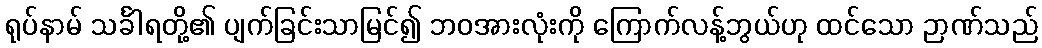
ရုပ်နာမ် သင်္ခါရတို့၏ ပျက်ခြင်းသာမြင်၍ ဘဝအားလုံးကို ကြောက်လန့်ဘွယ်ဟု ထင်သော ဉာဏ်သည်